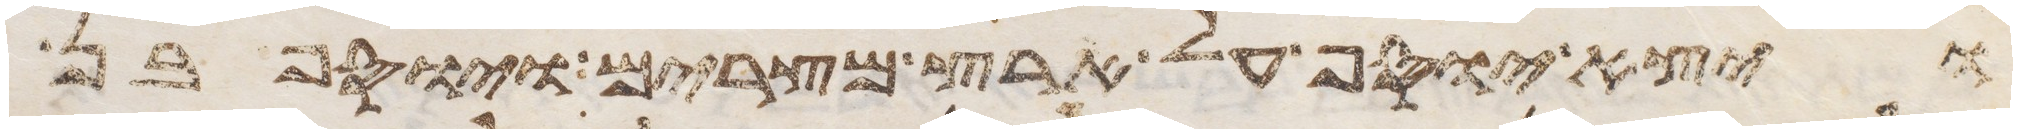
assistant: ויצא יוסף על ארץ מצרים ויוסף בן